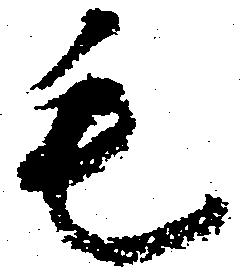
毛